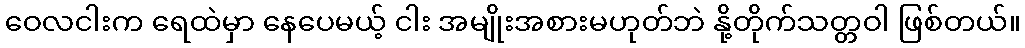
ဝေလငါးက ရေထဲမှာ နေပေမယ့် ငါး အမျိုးအစားမဟုတ်ဘဲ နို့တိုက်သတ္တဝါ ဖြစ်တယ်။